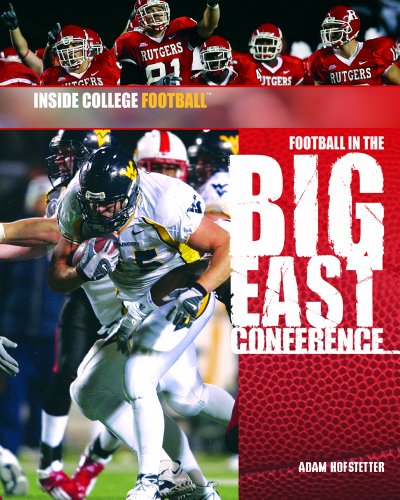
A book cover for Football in the Big East Conference (Inside College Football); Adam B. Hofstetter; Teen & Young Adult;